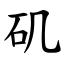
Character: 矶